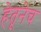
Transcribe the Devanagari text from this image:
हेतूनेच